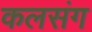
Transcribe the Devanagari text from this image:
कलसंग